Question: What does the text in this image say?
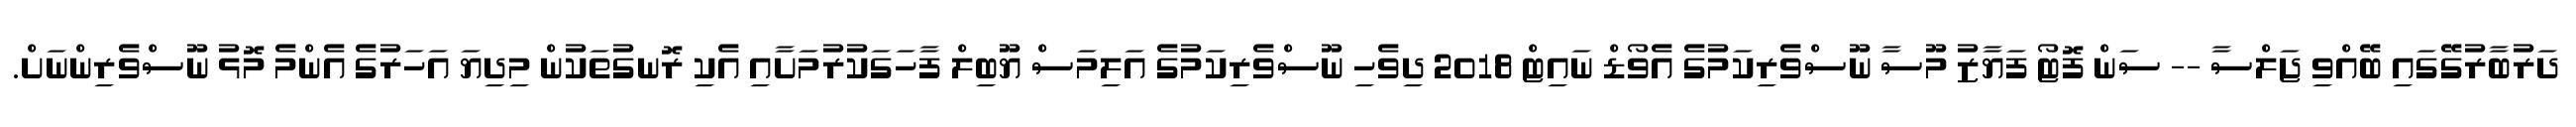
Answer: ދަރުބާރުގޭގައި ބޭއްވި ޖަލްސާ -- ސަން ފޮޓޯ ފަޔާޒު މޫސާ ނޫސްވެރިކަމުގެ އެވޯޑް ނައިޓް 2018 ދިވެހި ނޫސްވެރިކަމުގެ އަލިމަސް ޔޫބިލް ފާހަގަކުރުމަށާއި އެކި ރޮނގުތަކުން މިދިޔަ އަހަރުގެ އެންމެ މޮޅު ނޫސްވެރިންނަށް.